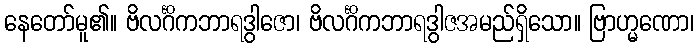
နေတော်မူ၏။ ဗိလင်္ဂိကဘာရဒွါဇော၊ ဗိလင်္ဂိကဘာရဒွါဇအမည်ရှိသော။ ဗြာဟ္မဏော၊